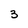
Character: 3